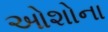
ઓશોના